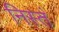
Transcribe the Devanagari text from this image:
निस्तं